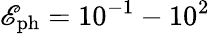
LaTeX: {\mathscr{E}_{\mathrm{{ph}}}}=10^{-1}-10^{2}